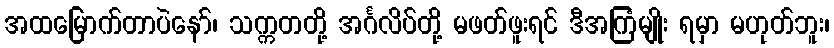
အထမြောက်တာပဲနော်၊ သက္ကတတို့ အင်္ဂလိပ်တို့ မဖတ်ဖူးရင် ဒီအကြံမျိုး ရမှာ မဟုတ်ဘူး၊